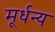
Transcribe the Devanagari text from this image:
मूर्धन्‍य